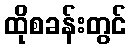
ထိုစခန်းတွင်